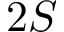
2 S